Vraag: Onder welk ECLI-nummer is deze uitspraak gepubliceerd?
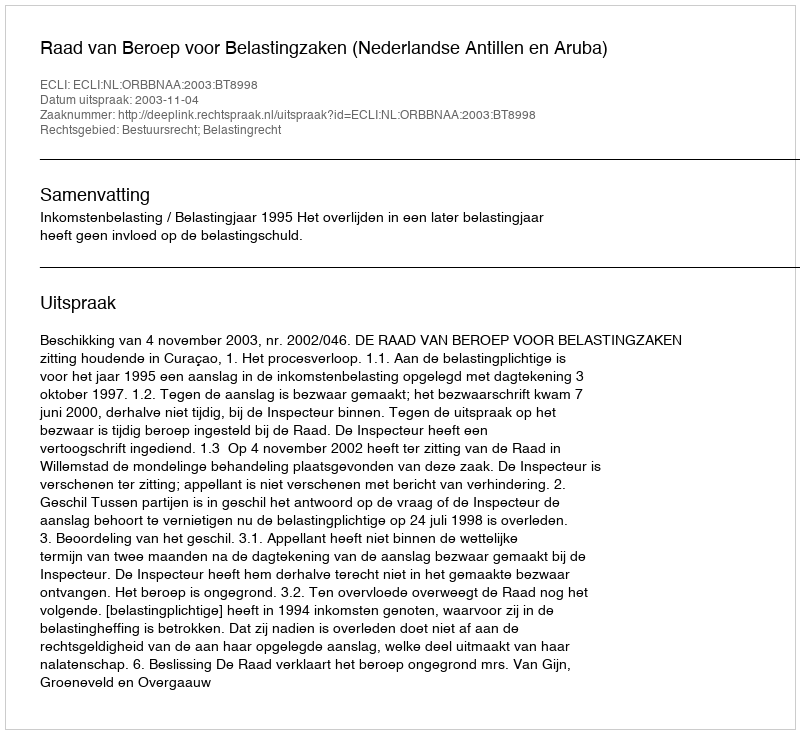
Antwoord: ECLI:NL:ORBBNAA:2003:BT8998